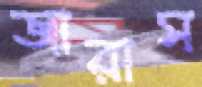
জারাস